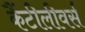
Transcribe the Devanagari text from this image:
कैंटीलीवर्स